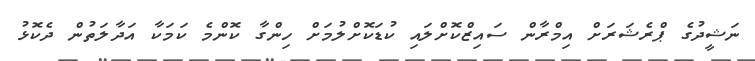
ނަޝީދުގެ ޕްރެޝަރަށް އިމްރާން ސައިޒްކޮށްލައި ކުޑަކޮށްލުމަށް ހިންގާ ކޮންމެ ކަމަކާ އަދާލަތުން ދެކޮޅު